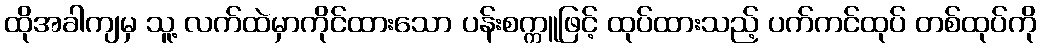
ထိုအခါကျမှ သူ့ လက်ထဲမှာကိုင်ထားသော ပန်းစက္ကူဖြင့် ထုပ်ထားသည့် ပက်ကင်ထုပ် တစ်ထုပ်ကို